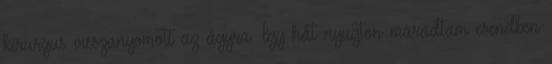
kirurgus visszanyomott az ágyra. Így hát nyugton maradtam csendben